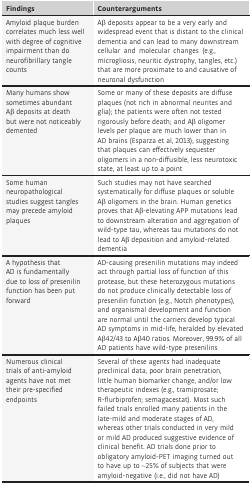
| Findings | Counterarguments |
 | --- | --- |
 | Amyloid plaque burden correlates much less well with degree of cognitive impairment than do neurofibrillary tangle counts | Aβ deposits appear to be a very early and widespread event that is distant to the clinical dementia and can lead to many downstream cellular and molecular changes (e.g., microgliosis, neuritic dystrophy, tangles, etc.) that are more proximate to and causative of neuronal dysfunction |
 | Many humans show sometimes abundant Aβ deposits at death but were not noticeably demented | Some or many of these deposits are diffuse plaques (not rich in abnormal neurites and glia); the patients were often not tested rigorously before death; and Aβ oligomer levels per plaque are much lower than in AD brains (Esparza et al, 2013), suggesting that plaques can effectively sequester oligomers in a non‐diffusible, less neurotoxic state, at least up to a point |
 | Some human neuropathological studies suggest tangles may precede amyloid plaques | Such studies may not have searched systematically for diffuse plaques or soluble Aβ oligomers in the brain. Human genetics proves that Aβ‐elevating APP mutations lead to downstream alteration and aggregation of wild‐type tau, whereas tau mutations do not lead to Aβ deposition and amyloid‐related dementia |
 | A hypothesis that AD is fundamentally due to loss of presenilin function has been put forward | AD‐causing presenilin mutations may indeed act through partial loss of function of this protease, but these heterozygous mutations do not produce clinically detectable loss of presenilin function (e.g., Notch phenotypes), and organismal development and function are normal until the carriers develop typical AD symptoms in mid‐life, heralded by elevated Aβ42/43 to Aβ40 ratios. Moreover, 99.9% of all AD patients have wild‐type presenilins |
 | Numerous clinical trials of anti‐amyloid agents have not met their pre‐specified endpoints | Several of these agents had inadequate preclinical data, poor brain penetration, little human biomarker change, and/or low therapeutic indexes (e.g., tramiprosate; R‐flurbiprofen; semagacestat). Most such failed trials enrolled many patients in the late‐mild and moderate stages of AD, whereas other trials conducted in very mild or mild AD produced suggestive evidence of clinical benefit. AD trials done prior to obligatory amyloid‐PET imaging turned out to have up to ~25% of subjects that were amyloid‐negative (i.e., did not have AD) |